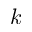
k